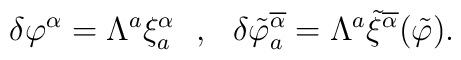
\delta \varphi^\alpha = \Lambda^a \xi^\alpha_a \ \ , \ \ \delta\tilde{\varphi}^{\overline{\alpha}}_a =\Lambda^a\tilde{\xi}^{\overline{\alpha}} (\tilde{\varphi})  .